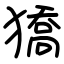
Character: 獢